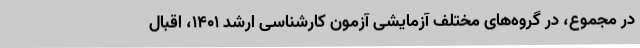
در مجموع، در گروه‌های مختلف آزمایشی آزمون کارشناسی ارشد ۱۴۰۱، اقبال